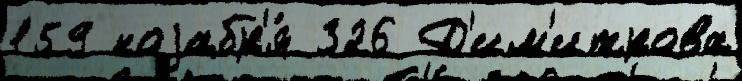
159 ноjабр'я́ 326 Д'им'итрова